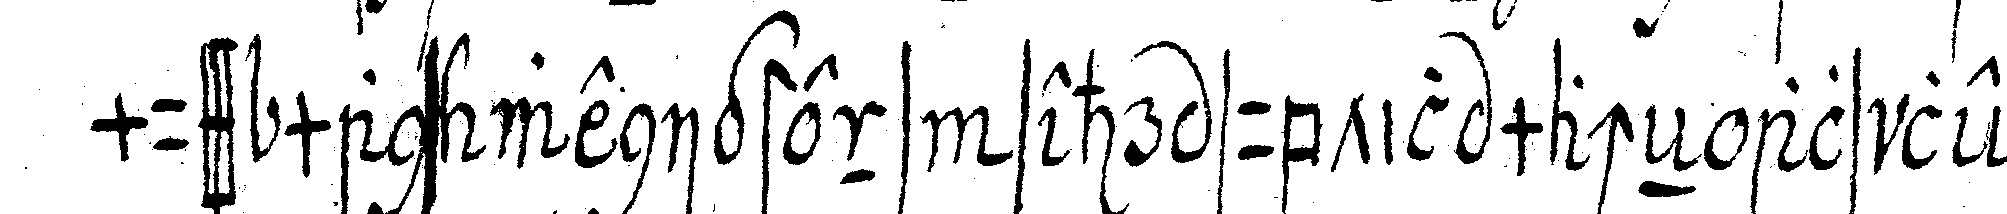
muss mans wenigstens sehr subtil macheN als lehr